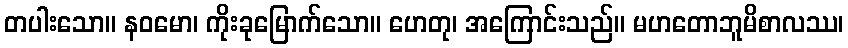
တပါးသော။ နဝမော၊ ကိုးခုမြောက်သော။ ဟေတု၊ အကြောင်းသည်။ မဟတောဘူမိစာလဿ၊